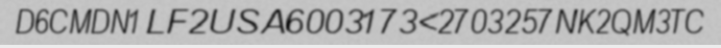
D6CMDN1LF2USA6003173<2703257NK2QM3TC